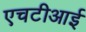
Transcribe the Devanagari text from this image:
एचटीआई